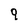
Character: 9